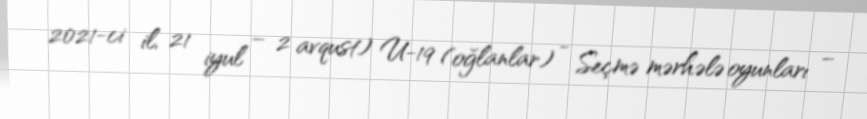
2021-ci il, 21 iyul – 2 avqust) U-19 (oğlanlar) - Seçmə mərhələ oyunları –